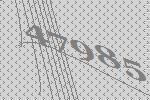
47985